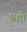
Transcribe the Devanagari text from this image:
भ्रंशो